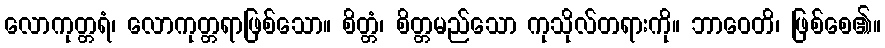
လောကုတ္တရံ၊ လောကုတ္တရာဖြစ်သော။ စိတ္တံ၊ စိတ္တမည်သော ကုသိုလ်တရားကို။ ဘာဝေတိ၊ ဖြစ်စေ၏။